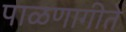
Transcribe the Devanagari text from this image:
पाळणागीते